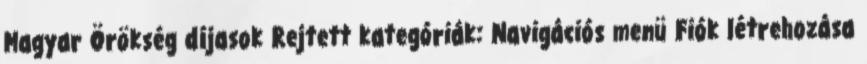
Magyar Örökség díjasok Rejtett kategóriák: Navigációs menü Fiók létrehozása